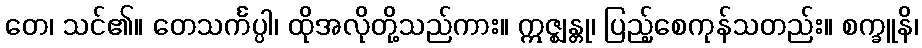
တေ၊ သင်၏။ တေသင်္ကပ္ပါ၊ ထိုအလိုတို့သည်ကား။ ဣဇ္ဈန္တု၊ ပြည့်စေကုန်သတည်း။ စက္ခူနိ၊